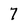
Character: 7